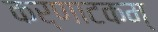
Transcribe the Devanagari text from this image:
कर्णाटकम्